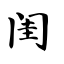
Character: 闺